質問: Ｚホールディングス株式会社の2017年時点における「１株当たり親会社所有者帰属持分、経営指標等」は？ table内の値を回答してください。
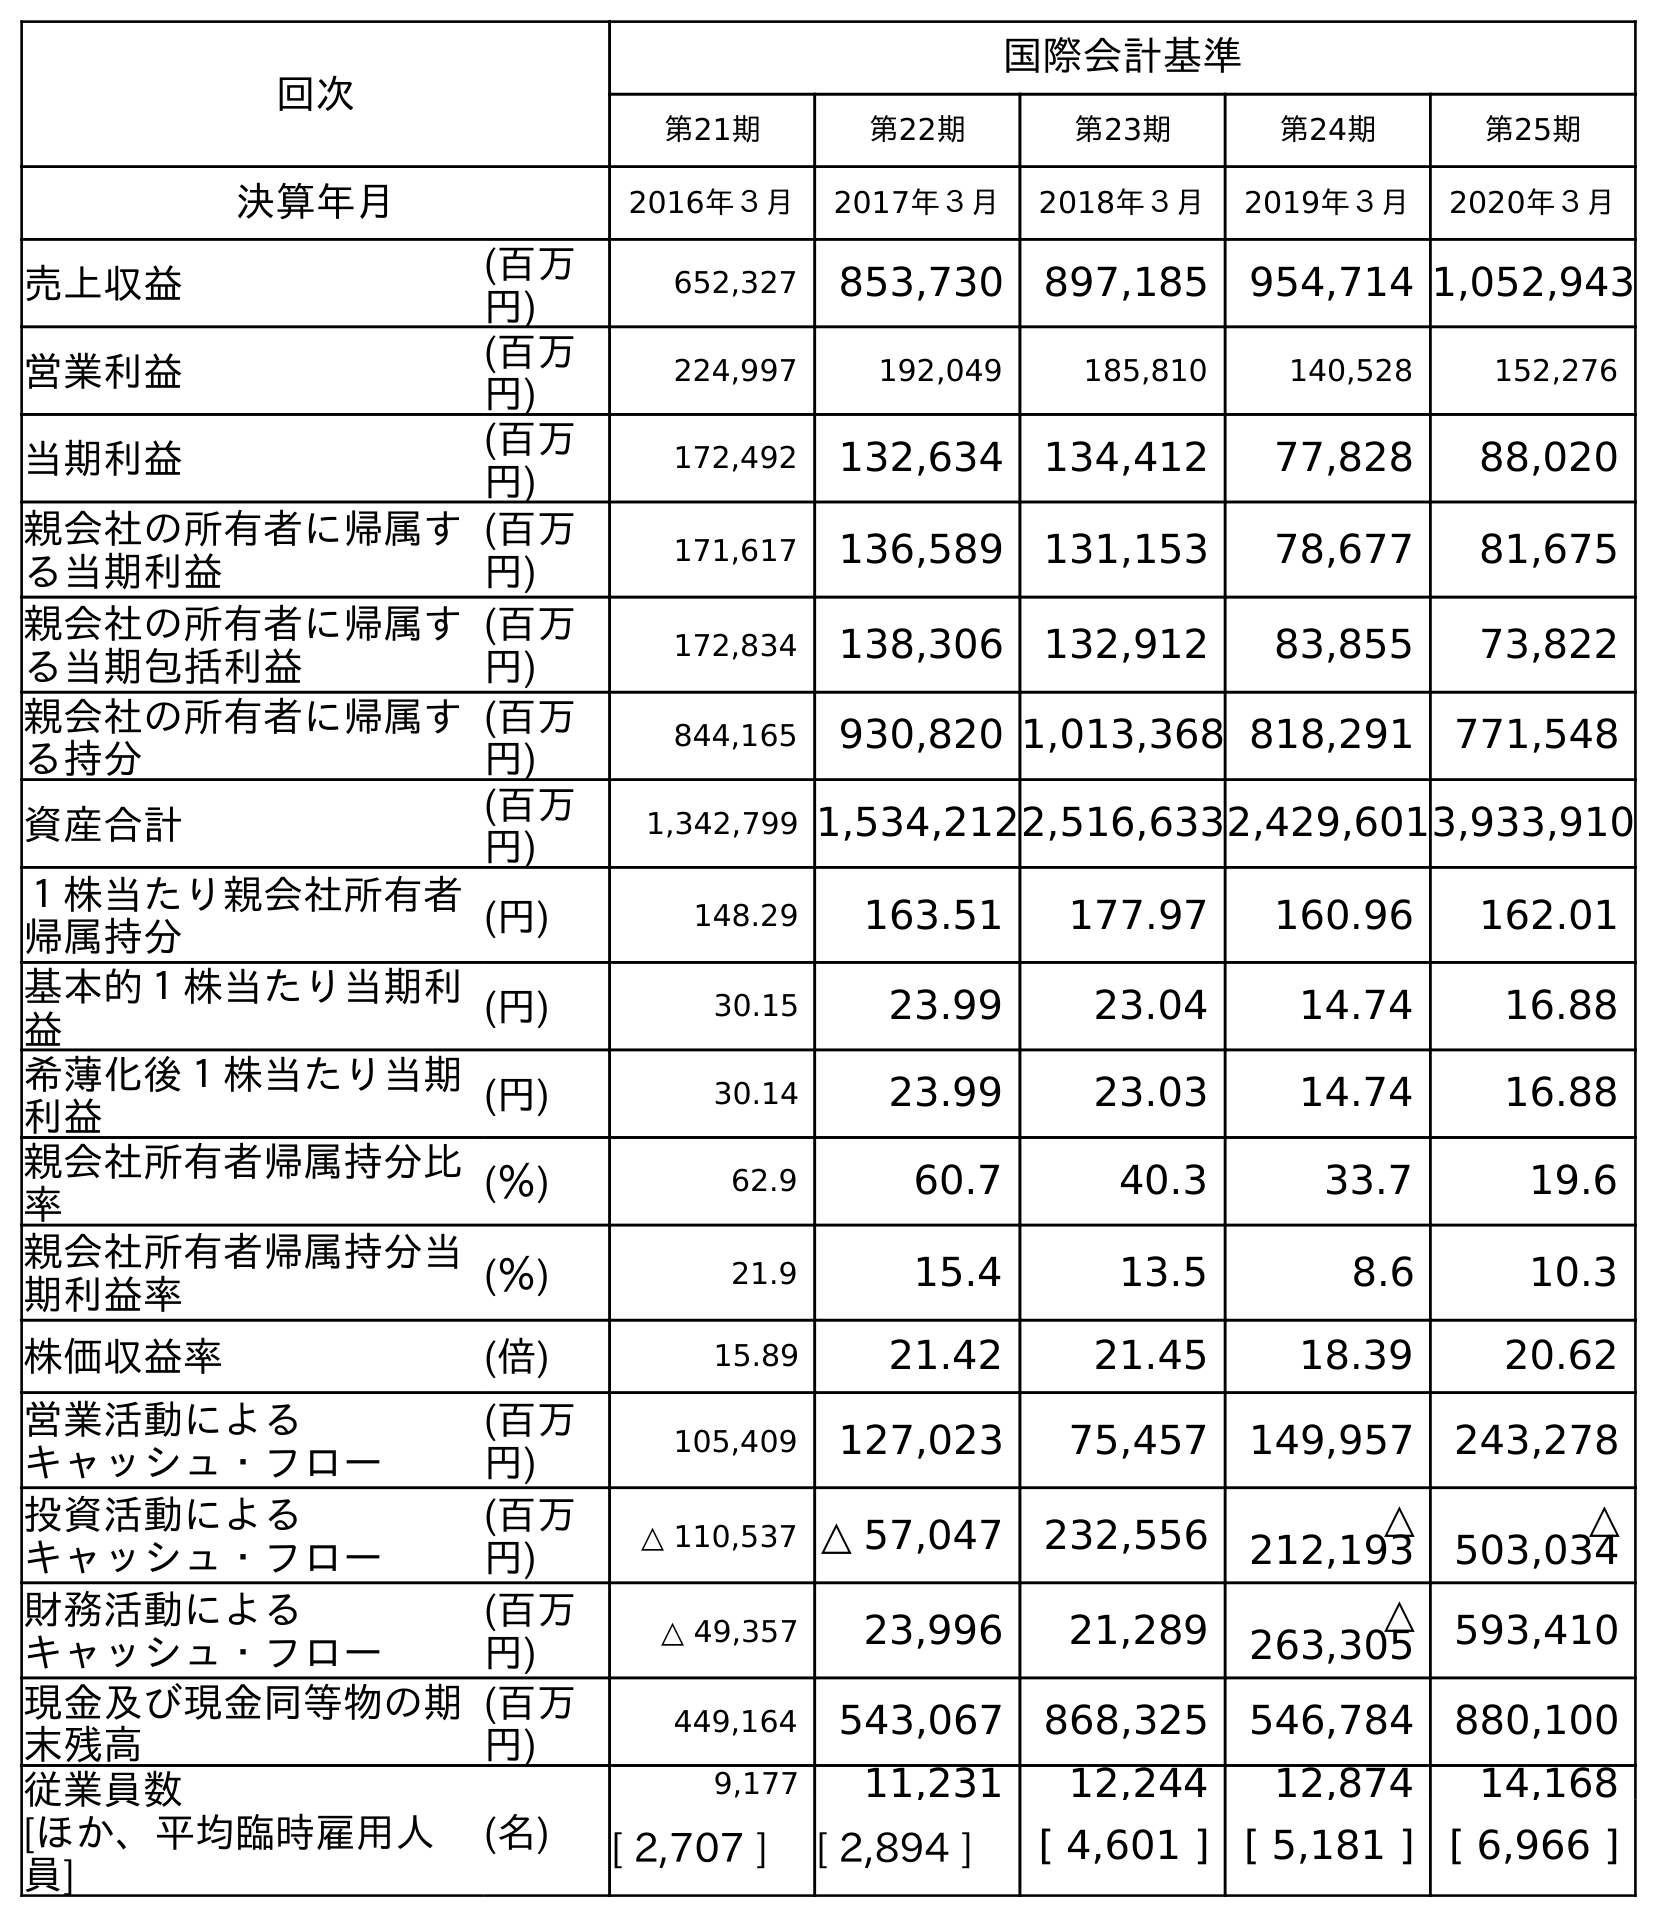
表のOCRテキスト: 回次 国際会計基準 第21期 第22期 第23期 第24期 第25期 決算年月 2016年３月 2017年３月 2018年３月 2019年３月 2020年３月 売上収益 (百万 円) 652,327 853,730 897,185 954,714 1,052,943 営業利益 (百万 円) 224,997 192,049 185,810 140,528 152,276 当期利益 (百万 円) 172,492 132,634 134,412 77,828 88,020 親会社の所有者に帰属す る当期利益 (百万 円) 171,617 136,589 131,153 78,677 81,675 親会社の所有者に帰属す る当期包括利益 (百万 円) 172,834 138,306 132,912 83,855 73,822 親会社の所有者に帰属す る持分 (百万 円) 844,165 930,820 1,013,368 818,291 771,548 資産合計 (百万 円) 1,342,799 1,534,2122,516,6332,429,6013,933,910 １株当たり親会社所有者 帰属持分 (円) 148.29 163.51 177.97 160.96 162.01 基本的１株当たり当期利 益 (円) 30.15 23.99 23.04 14.74 16.88 希薄化後１株当たり当期 利益 (円) 30.14 23.99 23.03 14.74 16.88 親会社所有者帰属持分比 率 (％) 62.9 60.7 40.3 33.7 19.6 親会社所有者帰属持分当 期利益率 (％) 21.9 15.4 13.5 8.6 10.3 株価収益率 (倍) 15.89 21.42 21.45 18.39 20.62 営業活動による キャッシュ・フロー (百万 円) 105,409 127,023 75,457 149,957 243,278 投資活動による キャッシュ・フロー (百万 円) △ 110,537 △ 57,047 232,556 △ 212,193 △ 503,034 財務活動による キャッシュ・フロー (百万 円) △ 49,357 23,996 21,289 △ 263,305 593,410 現金及び現金同等物の期 末残高 (百万 円) 449,164 543,067 868,325 546,784 880,100 従業員数 [ほか、平均臨時雇用人 員] (名) 9,177 11,231 12,244 12,874 14,168 [ 2,707 ] [ 2,894 ] [ 4,601 ] [ 5,181 ] [ 6,966 ]
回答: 163.51